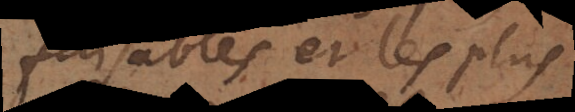
faisables et les plus